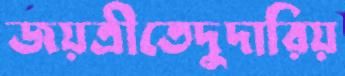
জয়ত্রীতেদুদারিয়